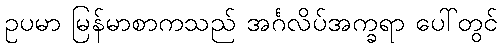
ဥပမာ မြန်မာစာကသည် အင်္ဂလိပ်အက္ခရာ ပေါ်တွင်